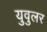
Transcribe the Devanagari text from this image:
युवुलर